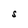
Character: S